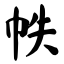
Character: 帙